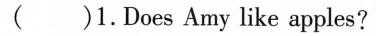
( )1.Does Amy like apples?